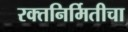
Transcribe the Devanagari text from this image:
रक्तनिर्मितीचा